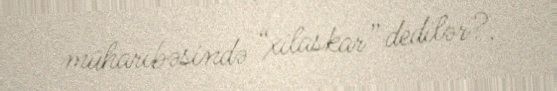
müharibəsində “xilaskar” dedilər?.